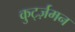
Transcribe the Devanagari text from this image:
कुर्ट्ज़मन